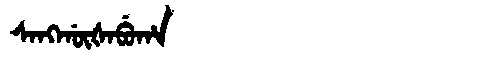
Manchu: ᠰᠠᠩᡤᡡᡧᠠᠪᡠᡥᠠ
Romanization: SANGGŪŠABUHA